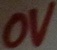
Text: 0V